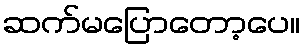
ဆက်မပြောတော့ပေ။